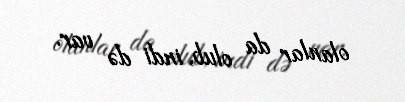
olanlar da olub, indi də var.